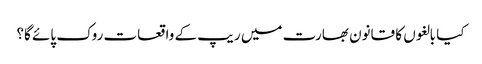
کیا بالغوں کا قانون بھارت میں ریپ کے واقعات روک پائے گا؟